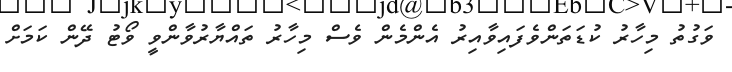
ވަގުތު މިހާރު ކުޑަތަންވެފައިވާއިރު އެންމެން ވެސް މިހާރު ތައްޔާރުވާންވީ ވޯޓު ދޭން ކަމަށް